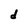
Character: d